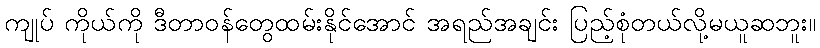
ကျုပ် ကိုယ်ကို ဒီတာဝန်တွေထမ်းနိုင်အောင် အရည်အချင်း ပြည့်စုံတယ်လို့မယူဆဘူး။